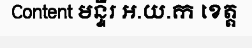
Content មន្ទីរ អ.យ.ក ខេត្ត